Problem: 8 × 7 = ?
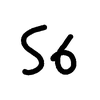
Handwritten answer: 56